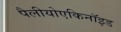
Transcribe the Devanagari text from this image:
पैलीयोएकिनॉइड